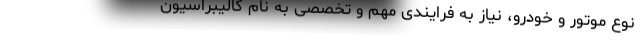
نوع موتور و خودرو، نیاز به فرایندی مهم و تخصصی به نام کالیبراسیون